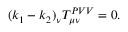
( k _ { 1 } - k _ { 2 } ) _ { \nu } T _ { \mu \nu } ^ { P V V } = 0 .